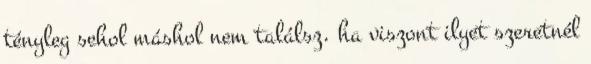
tényleg sehol máshol nem találsz. ha viszont ilyet szeretnél